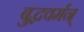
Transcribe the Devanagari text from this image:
बुद्धवर्मन्